Report on sanitation, dispensaries, and jails in Rajputana for 1915, and on vaccination for the year 1915-1916 - 1915-1916
Year: 1915
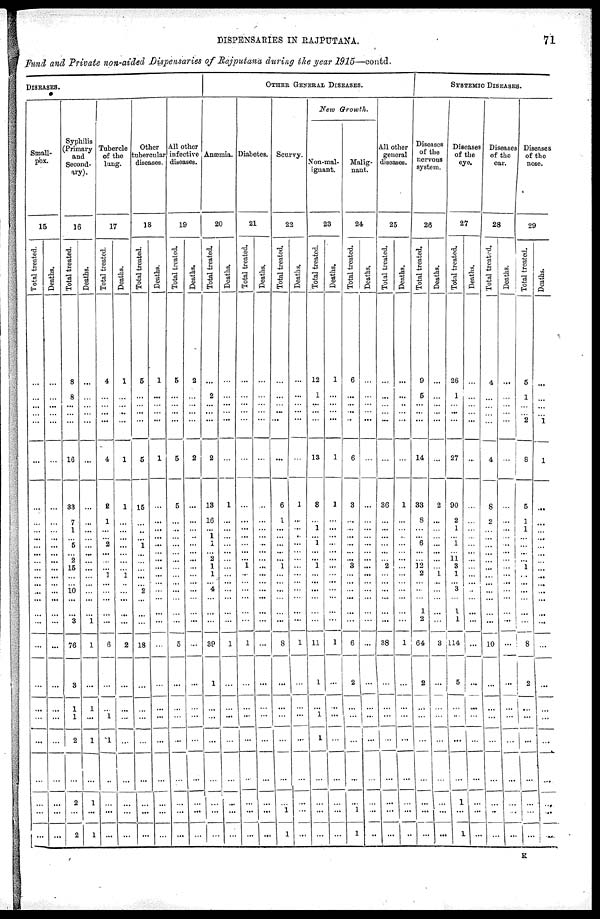
DISPENSARIES IN
RAJPUTANA.
71
Fund and Private non-aided Dispensaries of Rajputana during the year 1915—contd.
DISEASES.
Small-
pox.
15
Total treated.
...
...
...
...
...
...
...
...
...
...
...
... ...
...
...
...
...
...
...
...
...
...
...
...
...
...
...
...
...
Deaths.
...
...
...
...
...
...
...
...
...
...
...
... ...
...
...
...
...
...
...
...
...
...
...
...
...
...
...
...
...
Syphilis
(Primary
and
Second-
ary).
16
Total treated.
8
8
...
...
...
16
33
7
1
...
5
... 2
15
...
... 10
...
...
3
76
3
1
1
2
...
2
...
2
Deaths.
...
...
...
...
...
...
...
...
...
...
...
... ...
...
...
...
...
...
...
1
1
...
1
...
1
...
1
...
1
Tubercle
of the
lung.
17
Total treated.
4
...
...
...
...
4
2
1
...
...
2
... ...
...
1
...
...
...
...
...
6
...
...
1
1
...
...
...
...
Deaths.
1
...
... ...
...
1
1
...
...
...
...
... ...
...
1
...
...
...
...
...
2
...
...
...
...
...
...
...
...
Other
tubercular
diseases.
18
Total treated.
5
...
...
...
...
5
15
...
...
...
1
... ...
...
...
... 2
...
...
...
18
...
...
...
...
...
...
...
...
Deaths.
1
...
...
...
...
1
...
...
...
...
...
... ...
...
...
...
...
...
...
...
...
...
...
...
...
...
...
...
...
All other
infective
diseases.
19
Total treated.
5
...
...
...
...
5
5
...
...
...
...
... ...
...
...
...
...
...
...
...
5
...
...
...
...
...
...
...
...
Deaths.
2
...
...
...
...
2
...
...
...
...
...
... ...
...
...
...
...
...
...
...
...
...
...
...
...
...
...
...
...
OTHER GENERAL DISEASES.
Anæmia.
20
Total treated.
...
2
...
...
...
2
13
16
...
1
1
... 2
1
1
... 4
...
...
...
39
1
...
...
...
...
...
...
...
Deaths.
...
...
...
...
...
...
1
...
...
...
...
... ...
...
...
...
...
...
...
...
1
...
...
...
...
...
...
...
...
Diabetes.
21
Total treated.
...
...
...
...
...
...
...
...
...
...
...
... ...
1
...
...
...
...
...
...
1
...
...
...
...
...
...
...
...
Deaths.
...
...
...
...
...
...
...
...
...
...
...
... ...
...
...
...
...
...
...
...
...
...
...
...
...
...
...
...
...
Scurvy.
22
Total treated.
...
...
...
...
...
...
6
1
...
...
...
... ...
1
...
...
...
...
...
...
8
...
...
...
...
...
...
1
1
Deaths.
...
...
...
...
...
...
1
...
...
...
...
... ...
...
...
...
...
...
...
...
1
...
...
...
...
...
...
...
...
New Growth.
Non-mal-
ignant.
23
Total treated.
12
1
...
...
...
13
8
...
1
...
1
... ...
1
...
...
...
...
...
...
11
1
...
1
1
...
...
...
...
Deaths.
1
...
...
...
...
1
1
...
...
...
...
... ...
...
...
...
...
...
...
...
1
...
...
...
...
...
...
...
...
Malig-
nant.
24
Total treated.
6
...
...
...
...
6
3
...
...
...
...
... ...
3
...
...
...
...
...
...
6
2
...
...
...
...
...
1
1
Deaths.
...
...
...
...
...
...
...
...
...
...
...
... ...
...
...
...
...
...
...
...
...
...
...
...
...
...
...
...
...
All other
general
diseases.
25
Total treated.
...
...
...
...
...
...
36
...
...
...
...
... ...
2
...
...
...
...
...
...
38
...
...
...
...
...
...
...
...
Deaths.
...
...
...
...
...
...
1
...
...
...
...
... ...
...
...
...
...
...
...
...
1
...
...
...
...
...
...
...
...
SYSTEMIC DISEASES.
Diseases
of the
nervous
system.
26
Total treated.
9
5
...
...
...
14
33
8
...
...
6
... ...
12
2
...
...
...
1
2
64
2
...
...
...
...
...
...
...
Deaths.
...
...
...
...
...
...
2
...
...
...
...
... ...
...
1
...
...
...
...
...
3
...
...
...
...
...
...
...
...
Diseases
of the
eye.
27
Total treated.
26
1
...
...
...
27
90
2
1
...
1
... 11
3
1
... 3
...
1
1
114
5
...
...
...
...
1
...
1
Deaths.
...
...
...
...
...
...
...
...
...
...
...
... ...
...
...
...
...
...
...
...
...
...
...
...
...
...
...
...
...
Diseases
of the
ear.
28
Total treated.
4
...
...
...
...
4
8
2
...
...
...
... ...
...
...
...
...
...
...
...
10
...
...
...
...
...
...
...
...
Deaths.
...
...
...
...
...
...
...
...
...
...
...
... ...
...
...
...
...
...
...
...
...
...
...
...
...
...
...
...
...
Diseases
of the
nose.
29
Total treated.
5
1
...
...
2
8
5
1
1
...
...
... ...
1
...
...
...
...
...
...
8
2
...
...
...
...
...
...
...
Deaths.
...
...
...
...
1
1
...
...
...
...
...
... ...
...
...
...
...
...
...
...
...
...
...
...
...
...
...
...
...
K